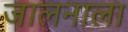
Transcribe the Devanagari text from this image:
जालनाला